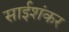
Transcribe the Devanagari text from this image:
साईशंकर